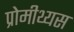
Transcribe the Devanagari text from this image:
प्रोमीथ्यस